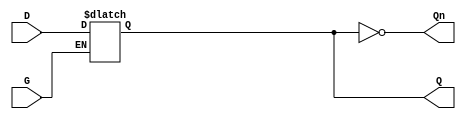
module dual_input_gated_latch (
    input wire D,      // Data Input
    input wire G,      // Gate Input
    output reg Q,      // Output
    output wire Qn     // Complement Output
);

// Complement output
assign Qn = ~Q;

// Always block to implement the gated latch behavior
always @ (D or G) begin
    if (G) begin
        Q <= D; // Capture the value of D when G is high
    end
    // If G is low, Q retains its previous state (no action needed)
end

endmodule